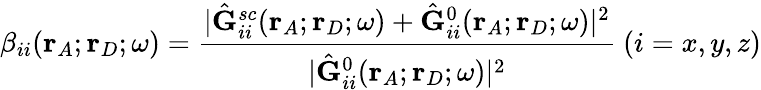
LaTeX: \beta_{ii}(\mathbf{r}_{A};\mathbf{r}_{D};\omega)=\frac{|\hat{\mathbf{G}}_{ii}^{sc}(\mathbf{r}_{A};\mathbf{r}_{D};\omega)+\hat{\mathbf{G}}_{ii}^{0}(\mathbf{r}_{A};\mathbf{r}_{D};\omega)|^{2}}{|\hat{\mathbf{G}}_{ii}^{0}(\mathbf{r}_{A};\mathbf{r}_{D};\omega)|^{2}}\ (i=x,y,z)